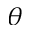
\theta